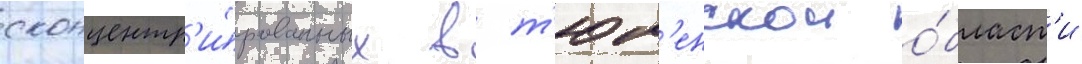
сконцентр'и́рованных в т'юм'енскои о́бласт'и